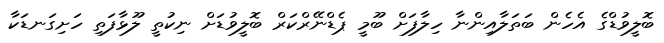
ބޮލީވުޑްގެ އެހެން ބަތަލާއިންނާ ހިލާފަށް ބޫމީ ޕެޑްނޭރްކަރް ބޮލީވުޑަށް ނިކުތީ ލޫޅާފަތި ހަށިގަނޑަކާ